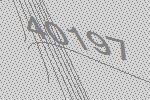
40197